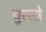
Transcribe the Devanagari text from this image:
बुस्सो